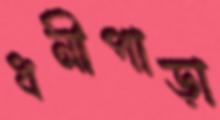
ধনীপাড়া